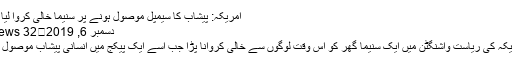
امریکہ: پیشاب کا سیمپل موصول ہونے پر سنیما خالی کروا لیا گیا
دسمبر 6, 2019	32 Views
امریکہ کی ریاست واشنگٹن میں ایک سنیما گھر کو اس وقت لوگوں سے خالی کروانا پڑا جب اسے ایک پیکج میں انسانی پیشاب موصول ہوا۔